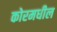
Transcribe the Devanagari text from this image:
कोरमधील